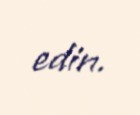
edin.